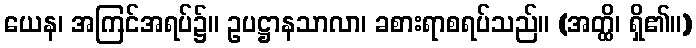
ယေန၊ အကြင်အရပ်၌။ ဥပဋ္ဌာနသာလာ၊ ခစားရာစရပ်သည်။ (အတ္ထိ၊ ရှိ၏။)